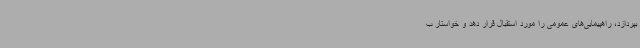
بپردازد، راهپیمایی‌های عمومی را مورد استقبال قرار دهد و خواستار ب